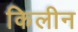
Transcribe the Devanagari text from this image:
किलीन